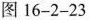
图16-2-23